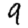
Digit: 9